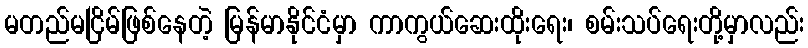
မတည်မငြိမ်ဖြစ်နေတဲ့ မြန်မာနိုင်ငံမှာ ကာကွယ်ဆေးထိုးရေး၊ စမ်းသပ်ရေးတို့မှာလည်း